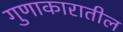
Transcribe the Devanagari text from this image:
गुणाकारातील